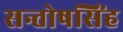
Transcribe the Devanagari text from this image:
सन्तोषसिंह